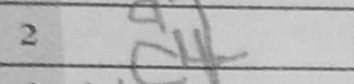
Transcription: c4